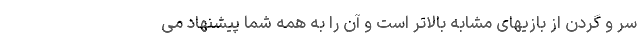
سر و گردن از بازیهای مشابه بالاتر است و آن را به همه شما پیشنهاد می